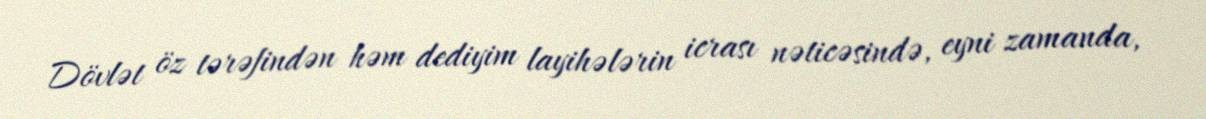
Dövlət öz tərəfindən həm dediyim layihələrin icrası nəticəsində, eyni zamanda,